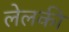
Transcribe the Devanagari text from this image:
लेलकी